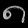
Digit: ၈